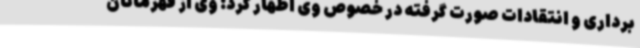
برداری و انتقادات صورت گرفته در خصوص وی اظهار کرد: وی از قهرمانان